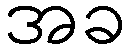
အခ